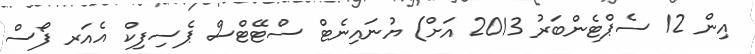
އިން 12 ސެޕްޓެންބަރު 2013 އަށް) ޔުނައިނެޓް ސްޓޭޓްސް ޕެސިފިކް އެއަރ ފޯސް